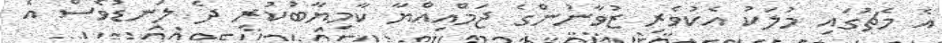
އެ މެޗުގައި މުލަކު އެކުވެރި ޒުވާނުންގެ ޖަމްއިއްޔާ ކާމިޔާބުކުރި ދެ ލަނޑުވެސް އެ